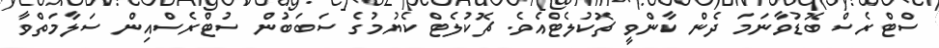
ސްޓްރެސް ބޮޑުވާނަމަ ދެން ކާންވީ ޗޮކުލެޓްއެވެ. ޗޮކުލެޓް ކެޔުމުގެ ސަބަބުން ސުޓްރެސްއިން ސަލާމަތްވާ